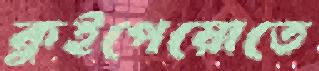
কুইপেয়োতে